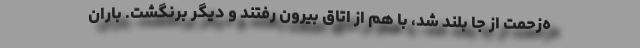
ه‌زحمت از جا بلند شد، با هم از اتاق بیرون رفتند و دیگر برنگشت. باران